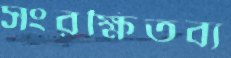
সংরক্ষিতব্য